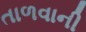
તાળવાની